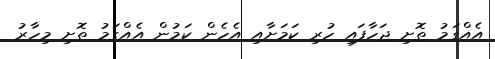
އެއްގަމު ތޮށި ޖަހާފައި ހުރި ކަމަށާއި އެހެން ކަމުން އެއްގަމު ތޮށި މިހާރު